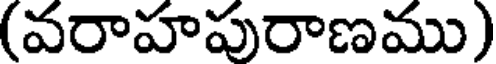
(వరాహపురాణము)